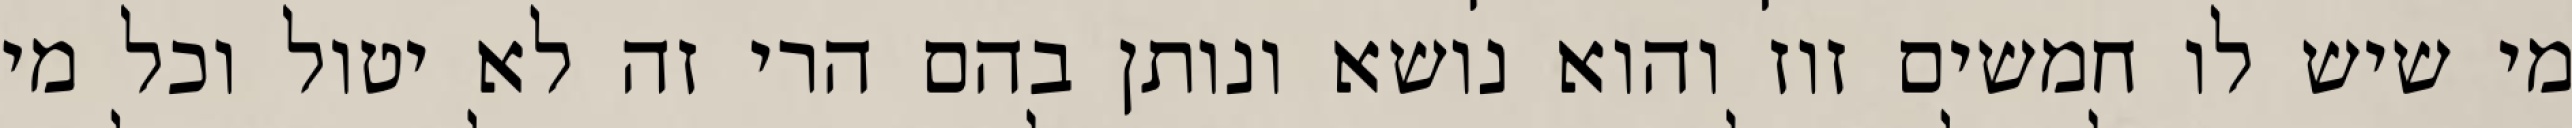
מי שיש לו חמשים זוז והוא נושא ונותן בהם הרי זה לא יטול וכל מי